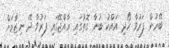
ބޭރުން ފަރުވާ ހޯދި އައްކު ބުނާ ގޮތުގައި ރާއްޖޭގައި ފަރުވާ ދޭ ނިޒާމަށް